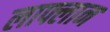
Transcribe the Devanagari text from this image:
लाफ्लान